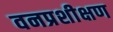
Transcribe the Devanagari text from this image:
वनप्रशीक्षण